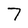
Character: 7